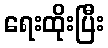
ရေးထိုးပြီး